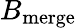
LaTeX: B_{\mathrm{merge}}